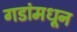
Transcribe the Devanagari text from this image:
गडांमधून